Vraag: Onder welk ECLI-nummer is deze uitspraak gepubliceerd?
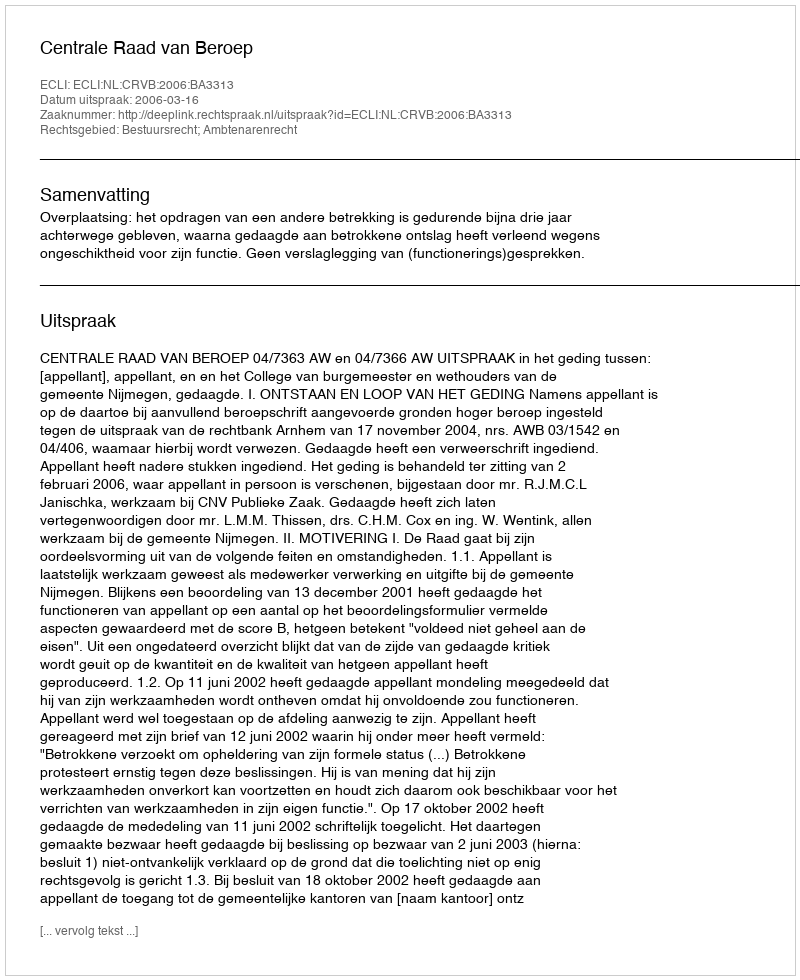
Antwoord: ECLI:NL:CRVB:2006:BA3313